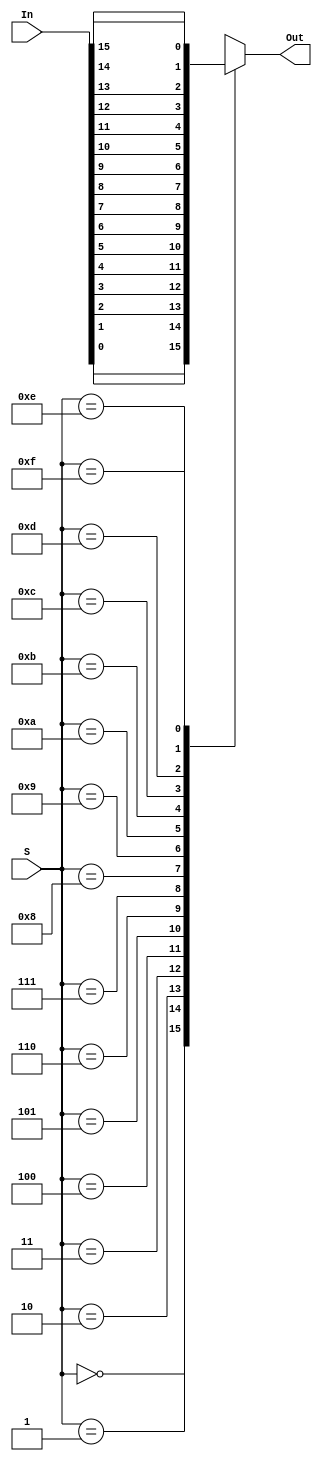
`timescale 1ns / 1ps
//////////////////////////////////////////////////////////////////////////////////
// Company: 
// Engineer: 
// 
// Design Name: 
// Module Name: Sixteen_to_One_Mux_Behavo
// Project Name: 
// Target Devices: 
// Tool Versions: 
// Description: 
// 
// Dependencies: 
// 
// Revision:
// Revision 0.01 - File Created
// Additional Comments:
// 
//////////////////////////////////////////////////////////////////////////////////
// Case statement ///

module Sixteen_to_One_Mux_Behavo(Out, S, In);
input [15:0] In;
input [3:0] S;
output reg Out;


always @(*)
begin
    case(S)
        0 : Out = In[0];
        1 : Out = In[1];
        2 : Out = In[2];
        3 : Out = In[3];
        4 : Out = In[4];
        5 : Out = In[5];
        6 : Out = In[6];
        7 : Out = In[7];
        8 : Out = In[8];
        9 : Out = In[9];
        10 : Out = In[10];
        11 : Out = In[11];
        12 : Out = In[12];
        13 : Out = In[13];
        14 : Out = In[14];
        15 : Out = In[15];
        default : Out = 1'bz;
    endcase    
end 


endmodule